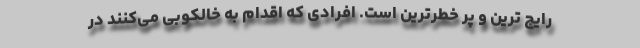
رایج ترین و پر خطرترین است. افرادی که اقدام به خالکوبی می‌کنند در